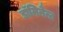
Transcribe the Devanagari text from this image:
डॉमिनैन्ट